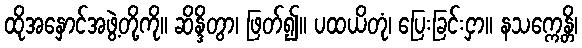
ထိုအနှောင်အဖွဲ့တို့ကို။ ဆိန္ဒိတွာ၊ ဖြတ်၍။ ပထယိတုံ၊ ပြေးခြင်းငှာ။ နသက္ကေန္တိ၊